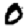
Digit: 0